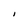
Character: I